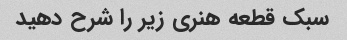
سبک قطعه هنری زیر را شرح دهید